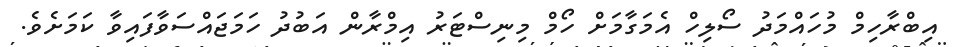
އިބްރާހިމް މުހައްމަދު ސޯލިހް އެމަގާމަށް ހޯމް މިނިސްޓަރު އިމްރާން އަބުދު ހަމަޖައްސަވާފައިވާ ކަމަށެވެ.